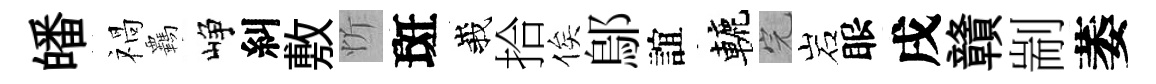
皤禍覊峥糾敷忻斑峩拾俟鄔誼轆完岩眼戌贛剬萎